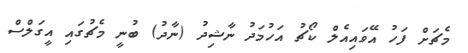
މެޗަށް ފަހު އޭވައިއެލް ކޯޗު އަހުމަދު ނާޝިދު (ނާދު) ބުނީ މެޗުގައި އީގަލްސް